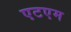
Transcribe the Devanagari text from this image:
एटएम